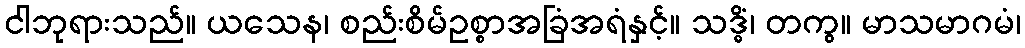
ငါဘုရားသည်။ ယသေန၊ စည်းစိမ်ဥစ္စာအခြံအရံနှင့်။ သဒ္ဓိံ၊ တကွ။ မာသမာဂမံ၊